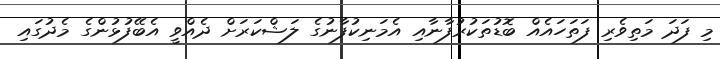
މި ފަދަ މަތިވެރި ފަތަހައެއް ބޮޑުތަކުރުފާނާއި އެމަނިކުފާނުގެ ލަޝްކަރަށް ދެއްވީ އެބޭފުޅުންގެ މެދުގައި